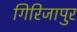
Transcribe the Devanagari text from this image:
गिरिजापुर